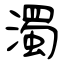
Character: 濁